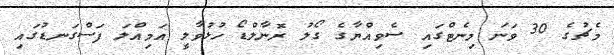
މެޗުގެ 30 ވަނަ މިނެޓްގައި ސެވިއްޔާގެ ގޯލު ރޮނާލްޑޯ ހުޅުވާލީ އަމިއްލަ ފަސްގަނޑުގައި